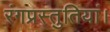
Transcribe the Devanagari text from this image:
रंगप्रस्तुतियां।